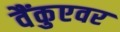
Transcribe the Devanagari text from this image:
वैंकुएवर